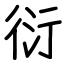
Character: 衍